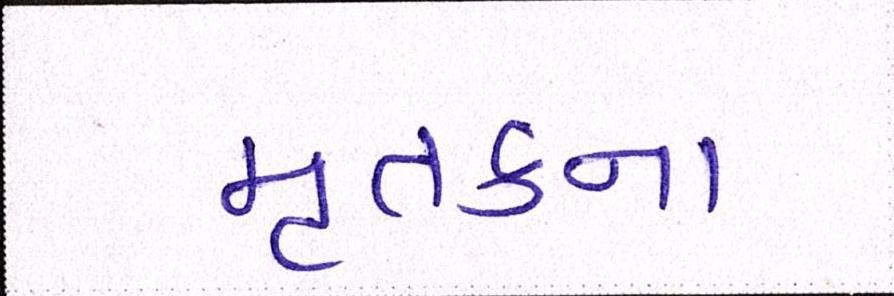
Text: મૃતકના